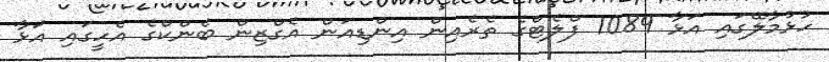
ހުޅުމާލޭގައި އަޅާ 1089 ފްލެޓްގެ ތެރެއިން އިންޑިއަން އެގްޒިން ބެންކްގެ އެހީގައި އަޅާ